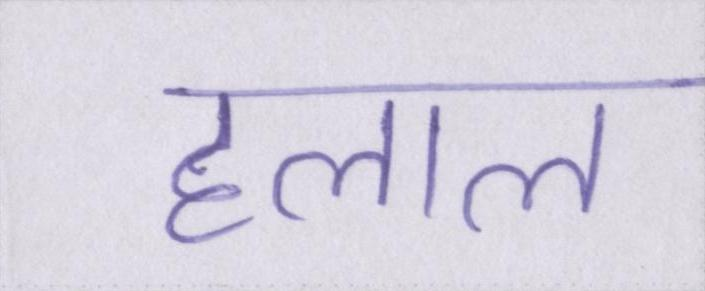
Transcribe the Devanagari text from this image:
हलाल